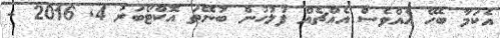
އެކަމާ ބެހޭ އެއްވެސް އެއްޗެއް ފުލުހުން ބުނޭތަ އޮކްޓޯބަރު 4